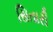
સિતારી